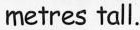
metres tall.